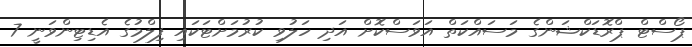
ޕޯސްޓް ޕްރޮޑަކްޝަންގެ މަސައްކަތް އަވަސްކޮށް އަދި ހަލުވި ކުރުމަށްޓަކައި ފިލްމުގެ އެޑިޓިންވަނީ 7